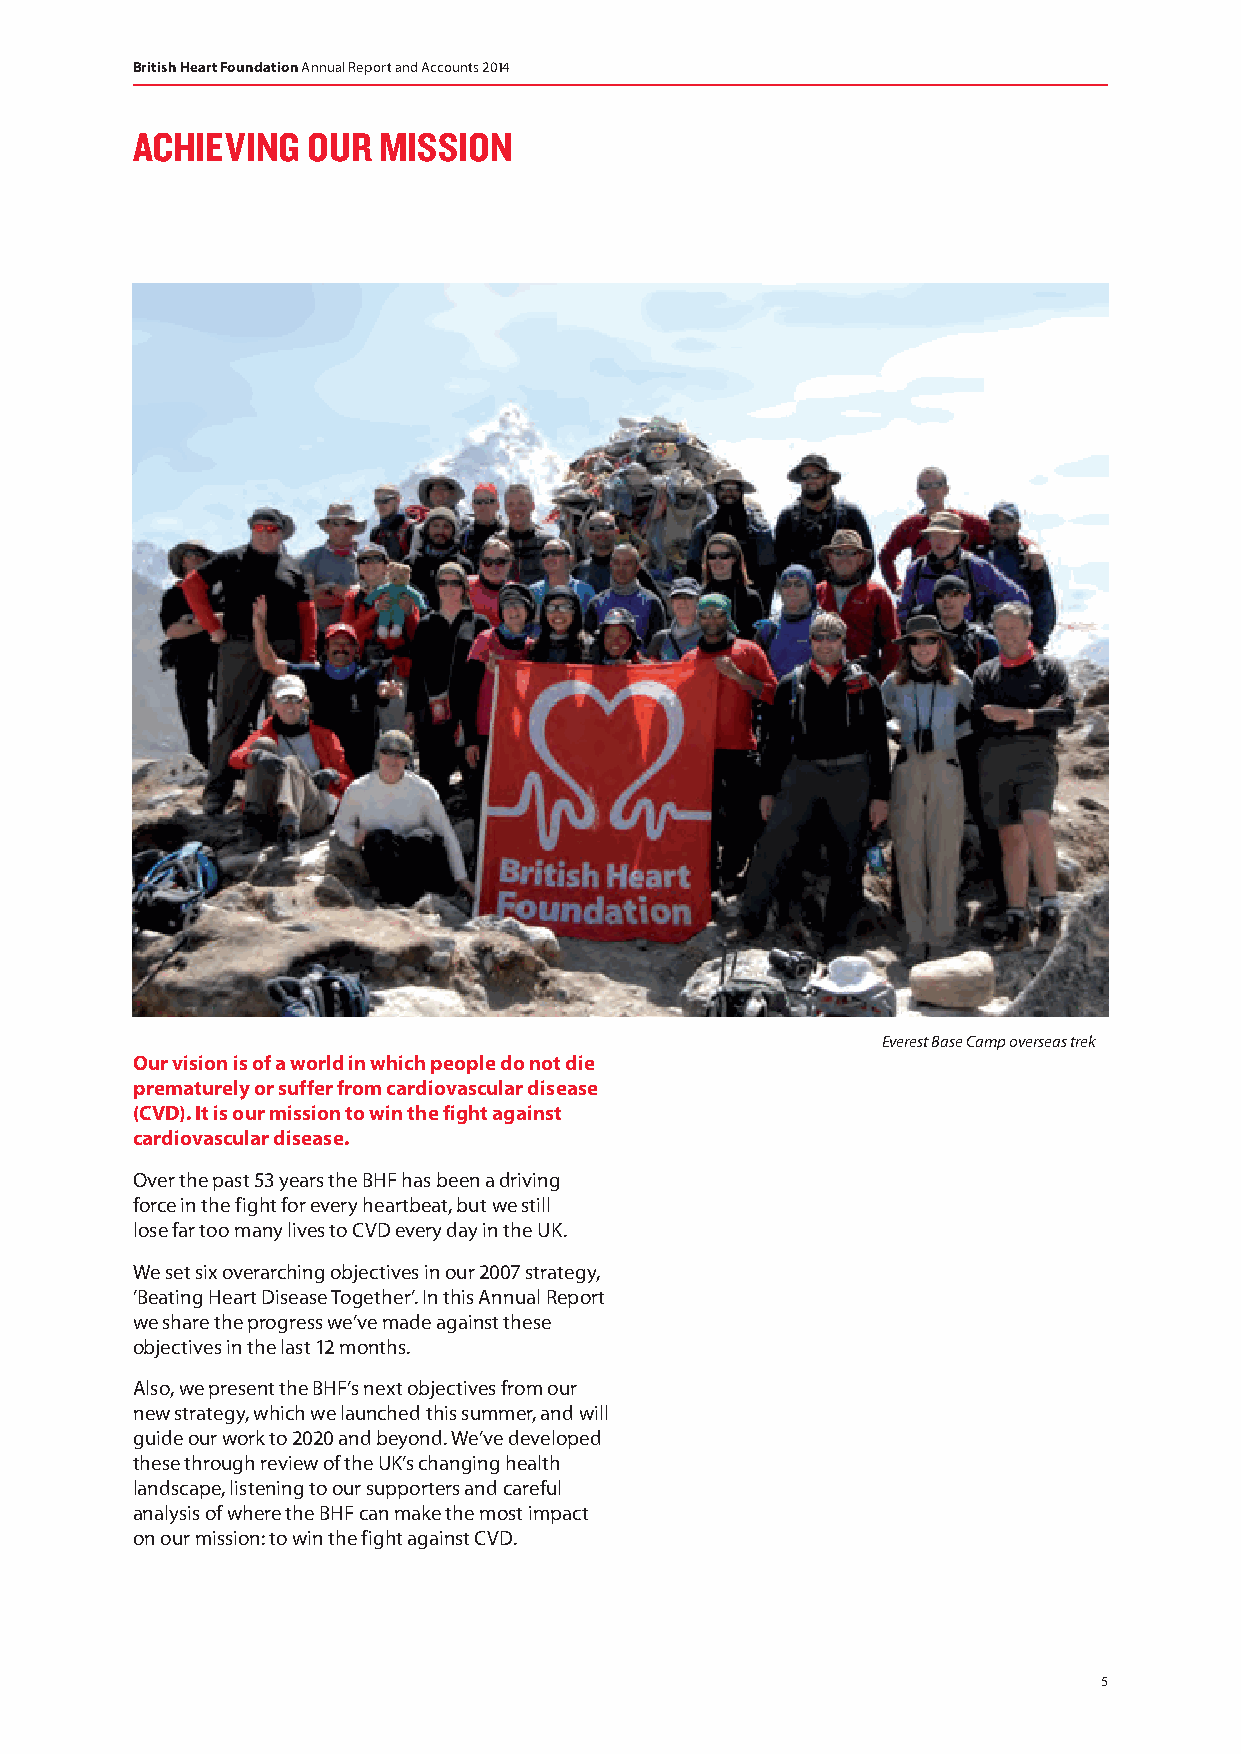
British Heart Foundation Annual Report and Accounts 2014
 ACHIEVING  OUR  MISSION
 Everest Base Camp overseas trek
 Our vision is of a world in which people do not die
 prematurely or suffer from cardiovascular disease
 (CVD). It is our mission to win the fight against
 cardiovascular disease.
 Over the past 53 years the BHF has been a driving
 force in the fight for every heartbeat, but we still
 lose far too many lives to CVD every day in the UK.
 We set six overarching objectives in our 2007 strategy,
 ’Beating Heart Disease Together’. In this Annual Report
 we share the progress we’ve made against these
 objectives in the last 12 months.
 Also, we present the BHF’s next objectives from our
 new strategy, which we launched this summer, and will
 guide our work to 2020 and beyond. We’ve developed
 these through review of the UK’s changing health
 landscape, listening to our supporters and careful
 analysis of where the BHF can make the most impact
 on our mission: to win the fight against CVD.
 5